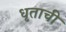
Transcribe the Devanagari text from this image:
धृताची